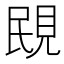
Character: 𧠠